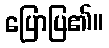
ပြောပြ၏။